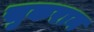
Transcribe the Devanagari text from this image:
सुकरान